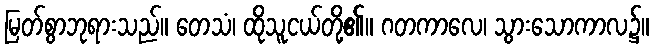
မြတ်စွာဘုရားသည်။ တေသံ၊ ထိုသူငယ်တို့၏။ ဂတကာလေ၊ သွားသောကာလ၌။